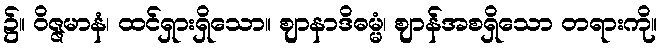
၌။ ဝိဇ္ဇမာနံ၊ ထင်ရှားရှိသော။ ဈာနာဒိဓမ္မံ၊ ဈာန်အစရှိသော တရားကို။